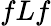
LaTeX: fLf